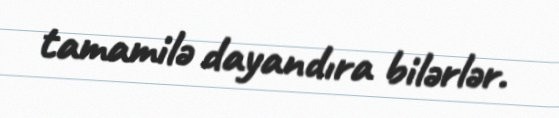
tamamilə dayandıra bilərlər.